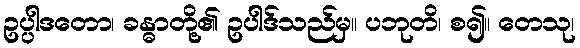
ဥပ္ပါဒတော၊ ခန္ဓာတို့၏ ဥပါဒ်သည်မှ။ ပဘုတိ၊ စ၍။ တေသု၊